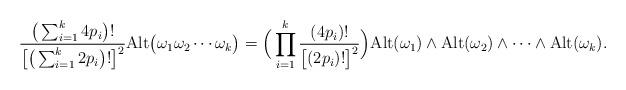
LaTeX: \begin{align*}\frac{\big(\sum_{i=1}^{k}4p_i\big)!}{\big[\big(\sum_{i=1}^{k}2p_i\big)!\big]^2}{\rm Alt}\big(\omega_1\omega_2\cdots \omega_k\big)=\Big(\prod_{i=1}^{k}\frac{(4p_i)!}{\big[(2p_i)!\big]^2}\Big){\rm Alt}(\omega_1)\wedge {\rm Alt}(\omega_2)\wedge \cdots \wedge {\rm Alt}(\omega_k).\end{align*}